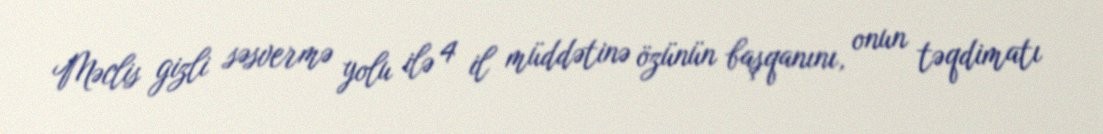
Məclis gizli səsvermə yolu ilə 4 il müddətinə özünün başqanını, onun təqdimatı